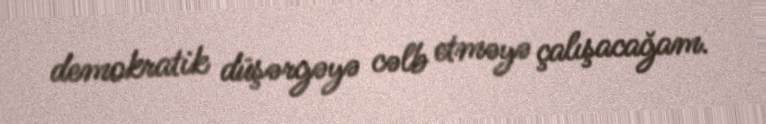
demokratik düşərgəyə cəlb etməyə çalışacağam.